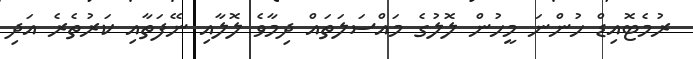
ރުމެޓޮއިޑް ހުންނަ މީހުން ލޮލުގެ މައްސަލަތައް ދިމާވެ ލޮލާއި ނޭފަތާއި ކަރުތެރެ އަދި